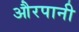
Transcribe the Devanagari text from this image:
औरपानी